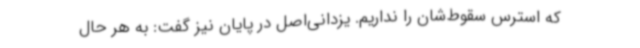
که استرس سقوط‌شان را نداریم. یزدانی‌اصل در پایان نیز گفت: به هر حال